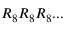
R _ { 8 } R _ { 8 } R _ { 8 } . . .